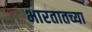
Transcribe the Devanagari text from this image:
भारतातच्या